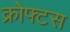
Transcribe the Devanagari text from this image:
क्रोफ्टस